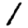
Digit: 1